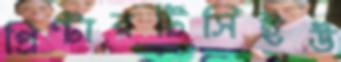
প্রিন্টারটিসিইউ